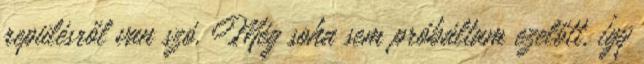
repülésről van szó. Még soha sem próbáltam ezelőtt, így